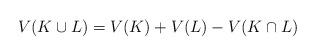
LaTeX: \begin{align*} V(K \cup L) = V(K) + V(L) - V(K\cap L)\end{align*}